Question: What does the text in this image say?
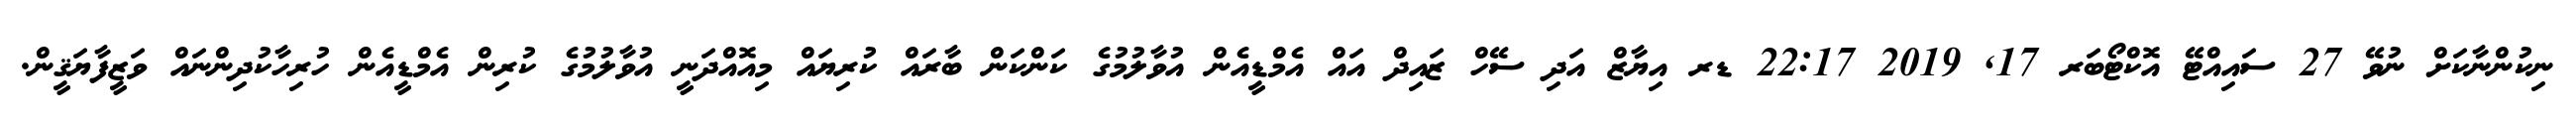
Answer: ނިކުންނާކަށް ނުވޭ 27 ސައިއްޓޭ އޮކްޓޯބަރ 17, 2019 22:17 ޑރ އިޔާޒް އަދި ސޭހް ޒައިދް އައް އެމްޑީއެން އުވާލުމުގެ ކަންކަން ބާރައް ކުރިޔައް މިއޮއްދަނީ އުވާލުމުގެ ކުރިން އެމްޑީއެން ހުރިހާކުދިންނައް ވަޒީފާޔަޤީން.